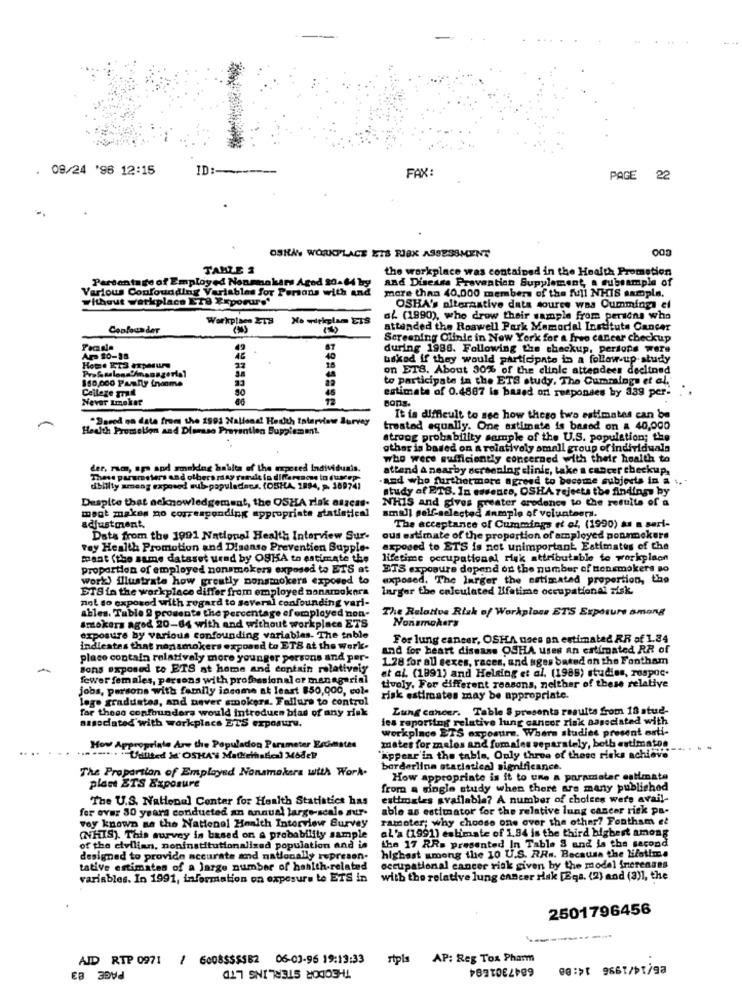
. 09/24 '96 12:15
ID :---
FAX:
PAGE
22
OSHAN WORKPLACE ETS RISK ASSESSMENT
TANZE 2
the workplace was contained in the Health Promotion
and Disease Prevention Supplement, o cubsample of
Various Confounding Variables for Persons with and
Partantage of Employed Nonmnokars Agod 20-64 by
Without workplace ET8 Xxporure'
more than 40,000 members of the full NHIS sampla.
OSHA's alternative data source was Cummings el
Workplace 213
af (1990), who drow their sample from persons who
Confounder
attended the Roawell Park Memorial Institute Cancer
Screening Clinic in New York for a free cancer checkup
during 1986. Following the checkup, persons ware
Ara 10-38
baked if they would participate in a follow-up study
Home ET3 PpMUN
on ETS. About 30% of the clinic attendees declined
150.000 Panny inonme
to participate in the ETS study, The Cummings et al.
Collage ml
estimate of 0.4887 is based on respondes by 339 per-
Never Imokat
Bons.
"Saved no data from the 1991 Hallens! Hadith Interview Survey
It is difficult to see how theso two estimates can be
Health Promotion and Dlaesso Prevention Supplement.
trested equally. One estimate is based on a 40,000
strong probability sample of the U.S. population; the
gther is based on a relatively small group of individuals
who were sufficiently concerned with their health to
der, rum, aps and smoking hablta of the expered Individuais.
attend A nearby screening clinic, take a cancer checkup,
These parameters and olbers riny rerdie lo difference in dunesp-
and who furthermore agreed to become subjects in a ..
dbillty amang exposed sub-papuladens. (OBHA, 1894, p. 189741
study of ETS. In essence, OSHA rejects the findings by
Despite that acknowledgement, the OSHA Hlak aszcas.
NHIS and gives greater aredence to the results of a
magt makes no corresponding appropriate statistical
small pelf-selected anmplo of volunteers.
adjustment.
The acceptance of Cummings et al. (1990) as a seri-
Data from the 1991 National Health Interview Sur-
ous estimate of the proportion of employed ponmmokers
voy Health Promotion and Disease Prevention Supple-
exposed to ETS is not unimportant, Estimates of the
maat (the same dataset urad by OSHA to estimate the
lifetime occupational risk attributable to workplach
Proportion of employed nonsmokers exposed to ETS at
ETS exposure depend od the number of ttensmokers so
work) illustrate how greatly nonsmokers exposed to
exposed. The larger the estimated proportion, the
ETS in the workplace differ from employed nonarokera
larger the calculated Ifatime occupational zisk.
not so exposed with regard to several confounding vari-
ables. Table 2 prosents the percentage of employed non-
The Relative Risk of Workplass ETS Exposure among
Smokers aged 20-64 with and without workplace ETS
Nonsmokers
exposure by various confounding variables. The table
For lung cancer, OSHA goes on estimated RR of 1.34
indicates that nonsmokers exposed to ETS at the work.
and for heart disease OSHA uses an estimated RR of
place contain relativaly more younger persons and per-
1.28 for all sexes, races, and ages based on the Fontham
Bons exposed to ETS at home and contain relatively
et al. (1991) and Helsing et al. (1989) studies, rospoc.
fewer females, persons with professional or managerial
tivoly. For different reasons, neither of these relative
jobs, persons with family income at least $50,000, col-
lego graduates, and never smokers. Failure to control
risk estimates may be appropriate.
for these confounders would introduen bias of any risk
Lung cancer. Table 8 presents results from 18 stud-
les reporting relative lung cancer risk aasociated with
associated with workplace ETS exposure.
workplace ETS exposure. Where studies present anti-
mates for zoslos and fomales separately, both estimates
How Appropriate Are the Populadon Parameter Estimates
.-... "Uunited M'OSHA'S Malliethisdeal Model?
Appear in the table, Only three of these risks achieve"
The Proportion of Emplayed Nonsmokers with Work.
borderline ataciatical significance.
How appropriate is it to une a paramatar estimate
plant ETS Exposure
from a single study when there are many published
The U.S. National Center for Health Statistics has
estimates available? A number of choices were avail-
fer over 30 years conducted an annual large-scale autr-
able as estimator for the relative lung cancer risk pa-
voy known as the National Health Interview Survey
ramoter; why choose one over the other? Fontham el
(NHIS). This survey is based or. a probability sample
aL'a (1991) estimate of 1,94 is the third highest among
of the civilian, noninstitutionalized population and is
the 17 RRs presented In Table 8 and is the second
designed to provide accurate and nationally represen-
highest among the 10 U.S. RRs. Because the lifetime
tative estimates of a large number of health-related occupational cancer risk given by the model frierennes
variables. In 1991, information on exposure to ETS in
with the relative lung cancer risk [Eqs. (2) and (3)], the
2501796456
-----
AID RTP 0971
PAGE 83
/ 6008$$$582 06-03-96 19:13:33
THEODOR STERLING LTD
rtpls AP: Reg Tox Pharm
6847301694